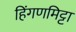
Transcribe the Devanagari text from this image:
हिंगणमिट्टा